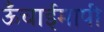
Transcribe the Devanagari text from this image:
ऊँचाईमापी